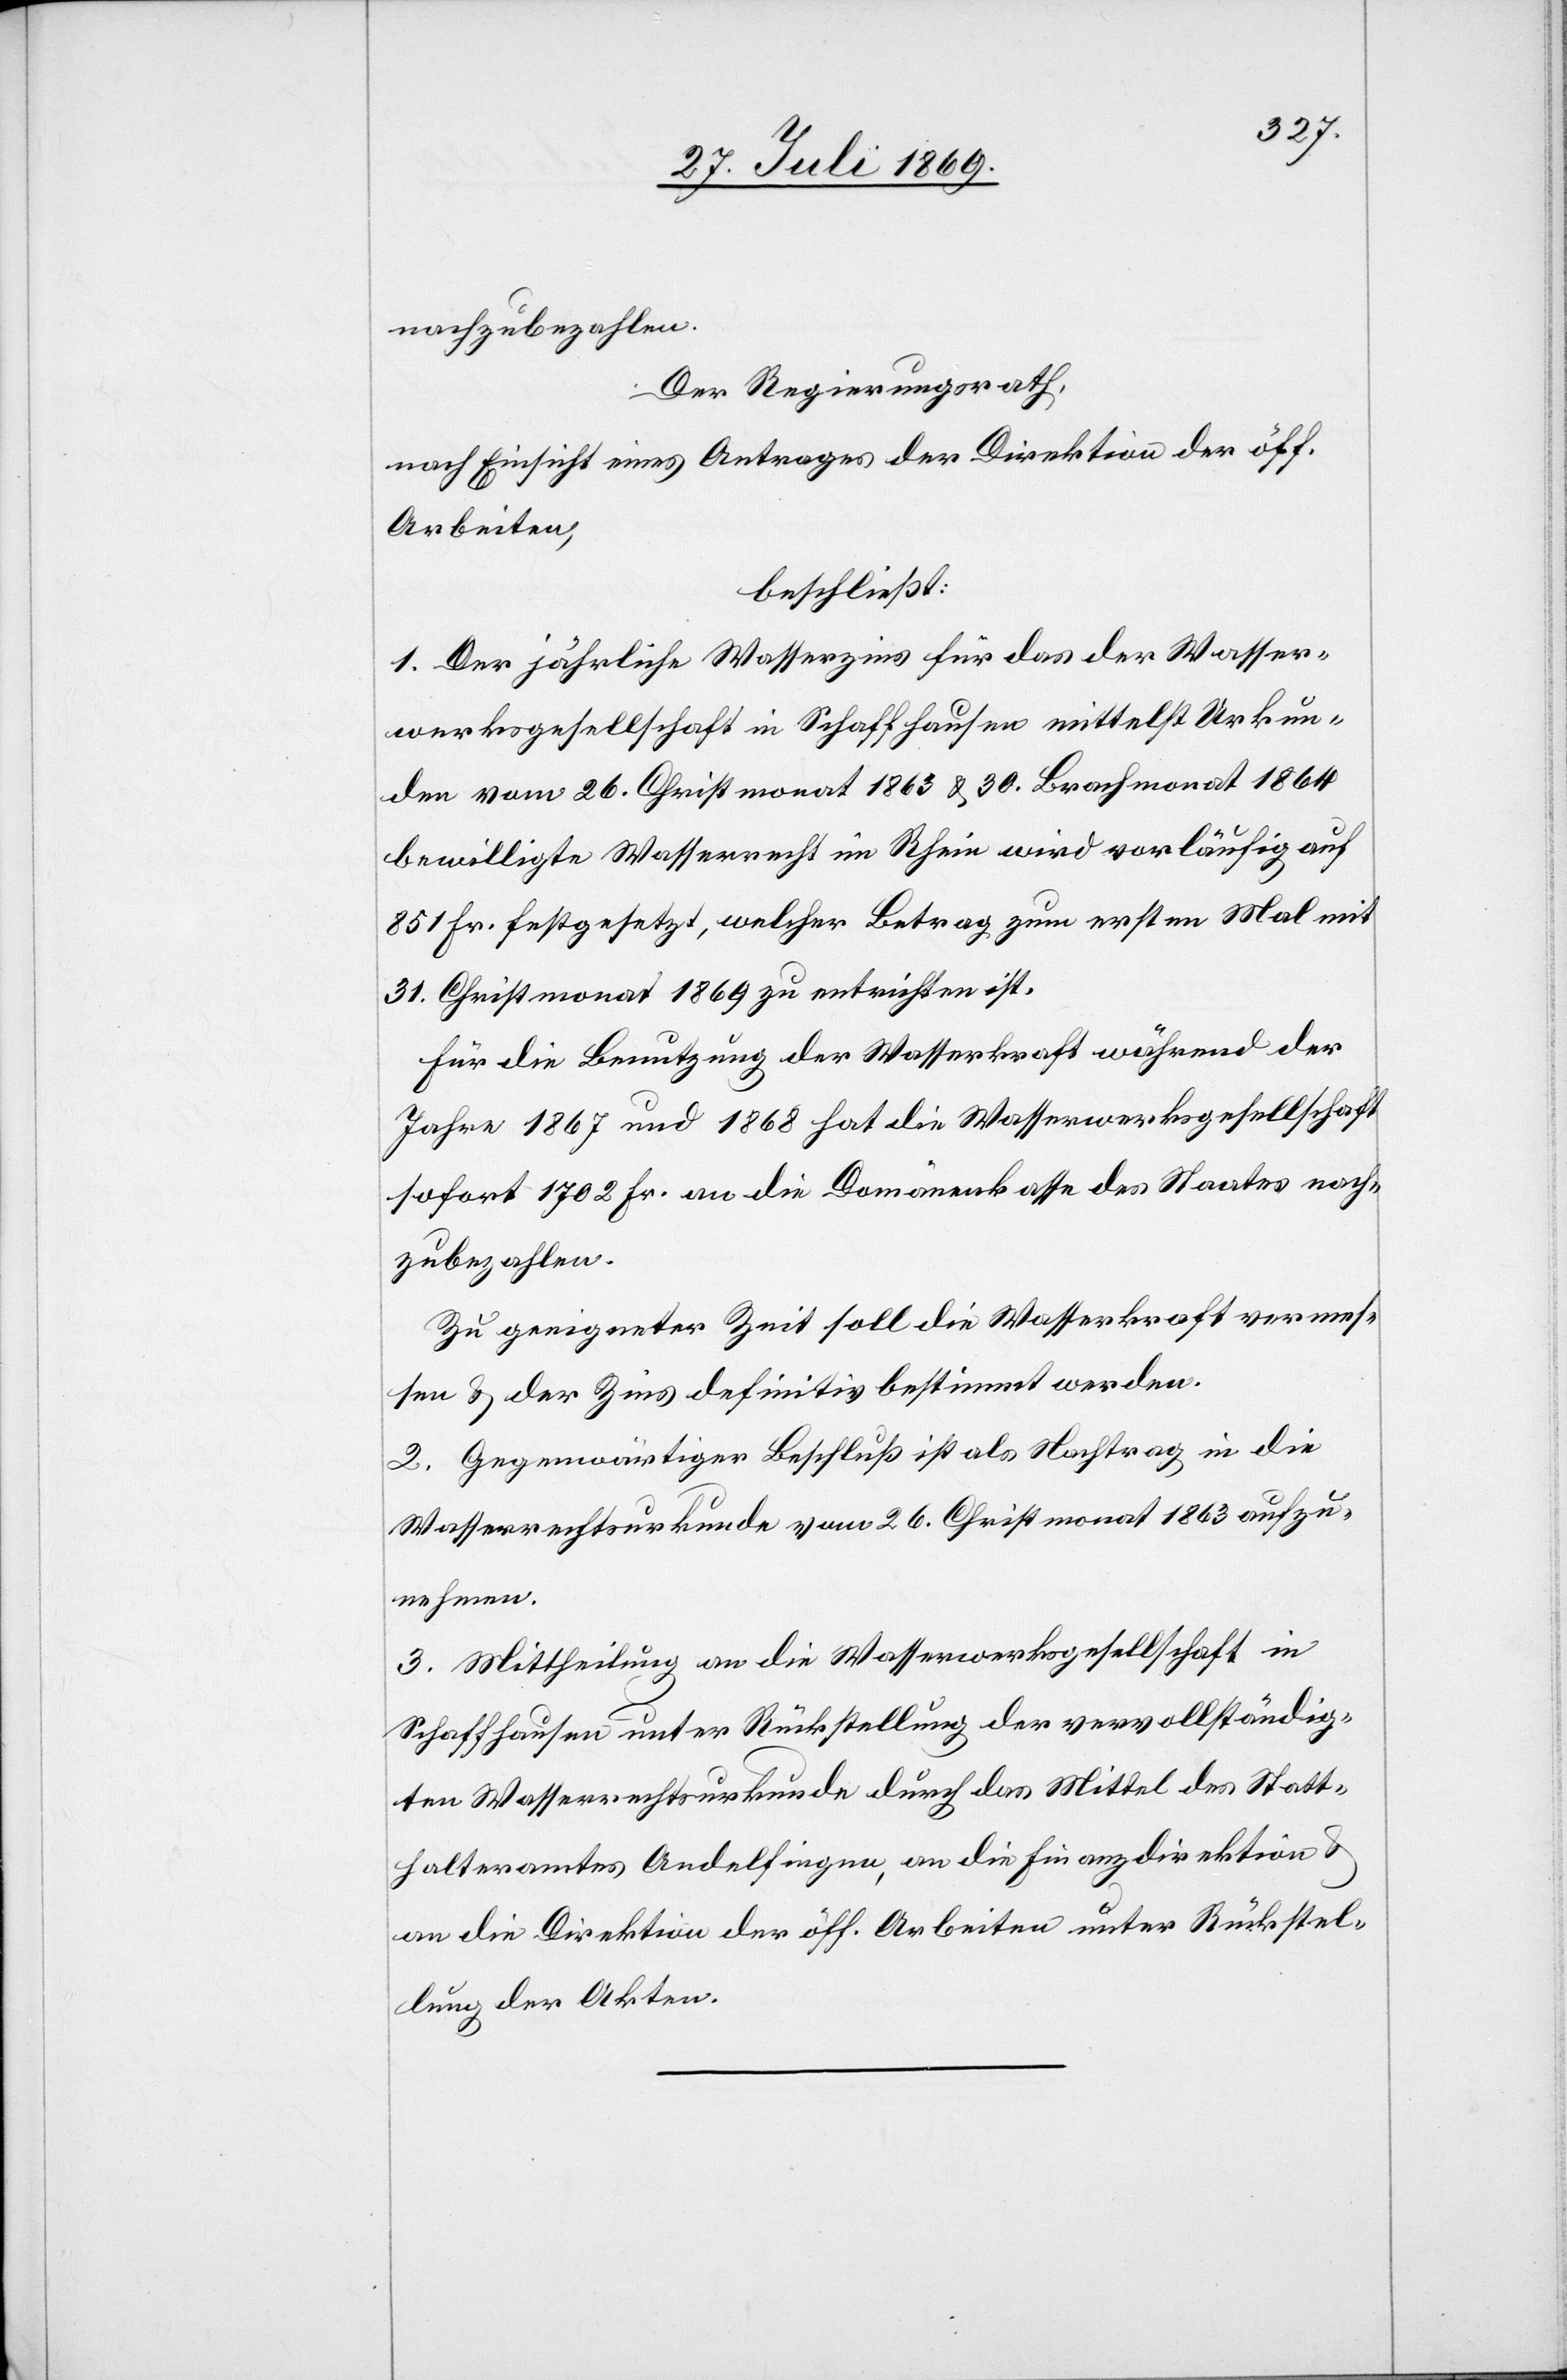
nachzubezahlen.
Der Regierungsrath,
nach Einsicht eines Antrages der Direktion der öff.
Arbeiten,
beschließt:
1. Der jährliche Wasserzins für das der Wasser¬
werksgesellschaft in Schaffhausen mittelst Urkun¬
den vom 26 Christmonat 1863 u. 30 Brachmonat 1864
bewilligte Wasserrecht im Rhein wird vorläufig auf
851 Fr. festgesetzt, welcher Betrag zum ersten Mal mit
31 Christmonat 1869 zu entrichten ist.
Für die Benutzung der Wasserkraft während der
Jahre 1867 und 1868 hat die Wasserwerksgesellschaft
sofort 1702 Fr. an die Domänenkasse des Staates nach¬
zubezahlen.
Zu geeigneter Zeit soll die Wasserkraft vermes¬
sen u. der Zins definitiv bestimmt werden.
2. Gegenwärtiger Beschluß ist als Nachtrag in die
Wasserrechtsurkunde vom 26 Christmonat 1863 aufzu¬
nehmen.
3. Mittheilung an die Wasserwerksgesellschaft in
Schaffhausen unter Rückstellung der vervollständig¬
ten Wasserrechtsurkunde durch das Mittel des Statt¬
halteramtes Andelfingen, an die Finanzdirektion u.
an die Direktion der öff. Arbeiten unter Rückstel¬
lung der Akten.